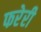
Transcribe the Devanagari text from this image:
फरेरी